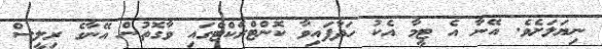
ނިޔަލަށެވެ. އޭނާ އެ ޓީމާ އެކު ހަދާފައިވާ ކޮންޓްރެކްޓްގައި ވާގޮތުން އޭނާގެ ރިލީސް